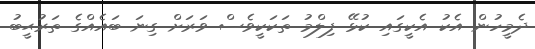
ދެމީހުން އެކު އެކީގައި ކުޅޭ ފިލްމު ތަކަކީވެސް ވަރަށް ގިނަ ބައެއްގެ ތަރުޙީބު